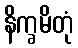
နိက္ခမိတုံ